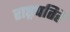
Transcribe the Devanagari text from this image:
राष्ट्रपतिहै